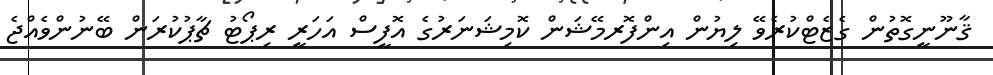
ޤާނޫނީގޮތުން ގެޒެޓްކުރެވޭ ލިޔުން އިންފޮރމޭޝަން ކޮމިޝަނަރުގެ އޮފީސް އަހަރީ ރިޕޯޓު ޗާޕުކުރަން ބޭނުންވެއްޖެ